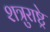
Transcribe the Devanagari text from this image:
शत्रुराष्ट्रे